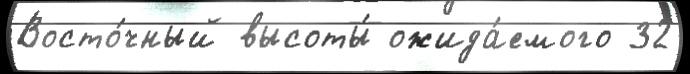
Восто́чный высоты́ ожида́емого 32